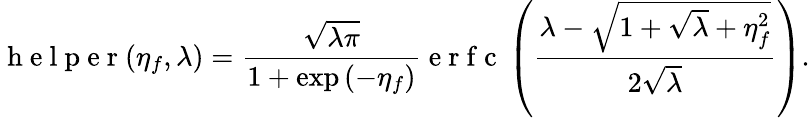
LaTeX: \mathrm{~h~e~l~p~e~r~}(\eta_{f},\lambda)=\frac{\sqrt{\lambda\pi}}{1+\exp{(-\eta_{f})}}\mathrm{~e~r~f~c~}\left(\frac{\lambda-\sqrt{1+\sqrt{\lambda}+\eta_{f}^{2}}}{2\sqrt{\lambda}}\right).